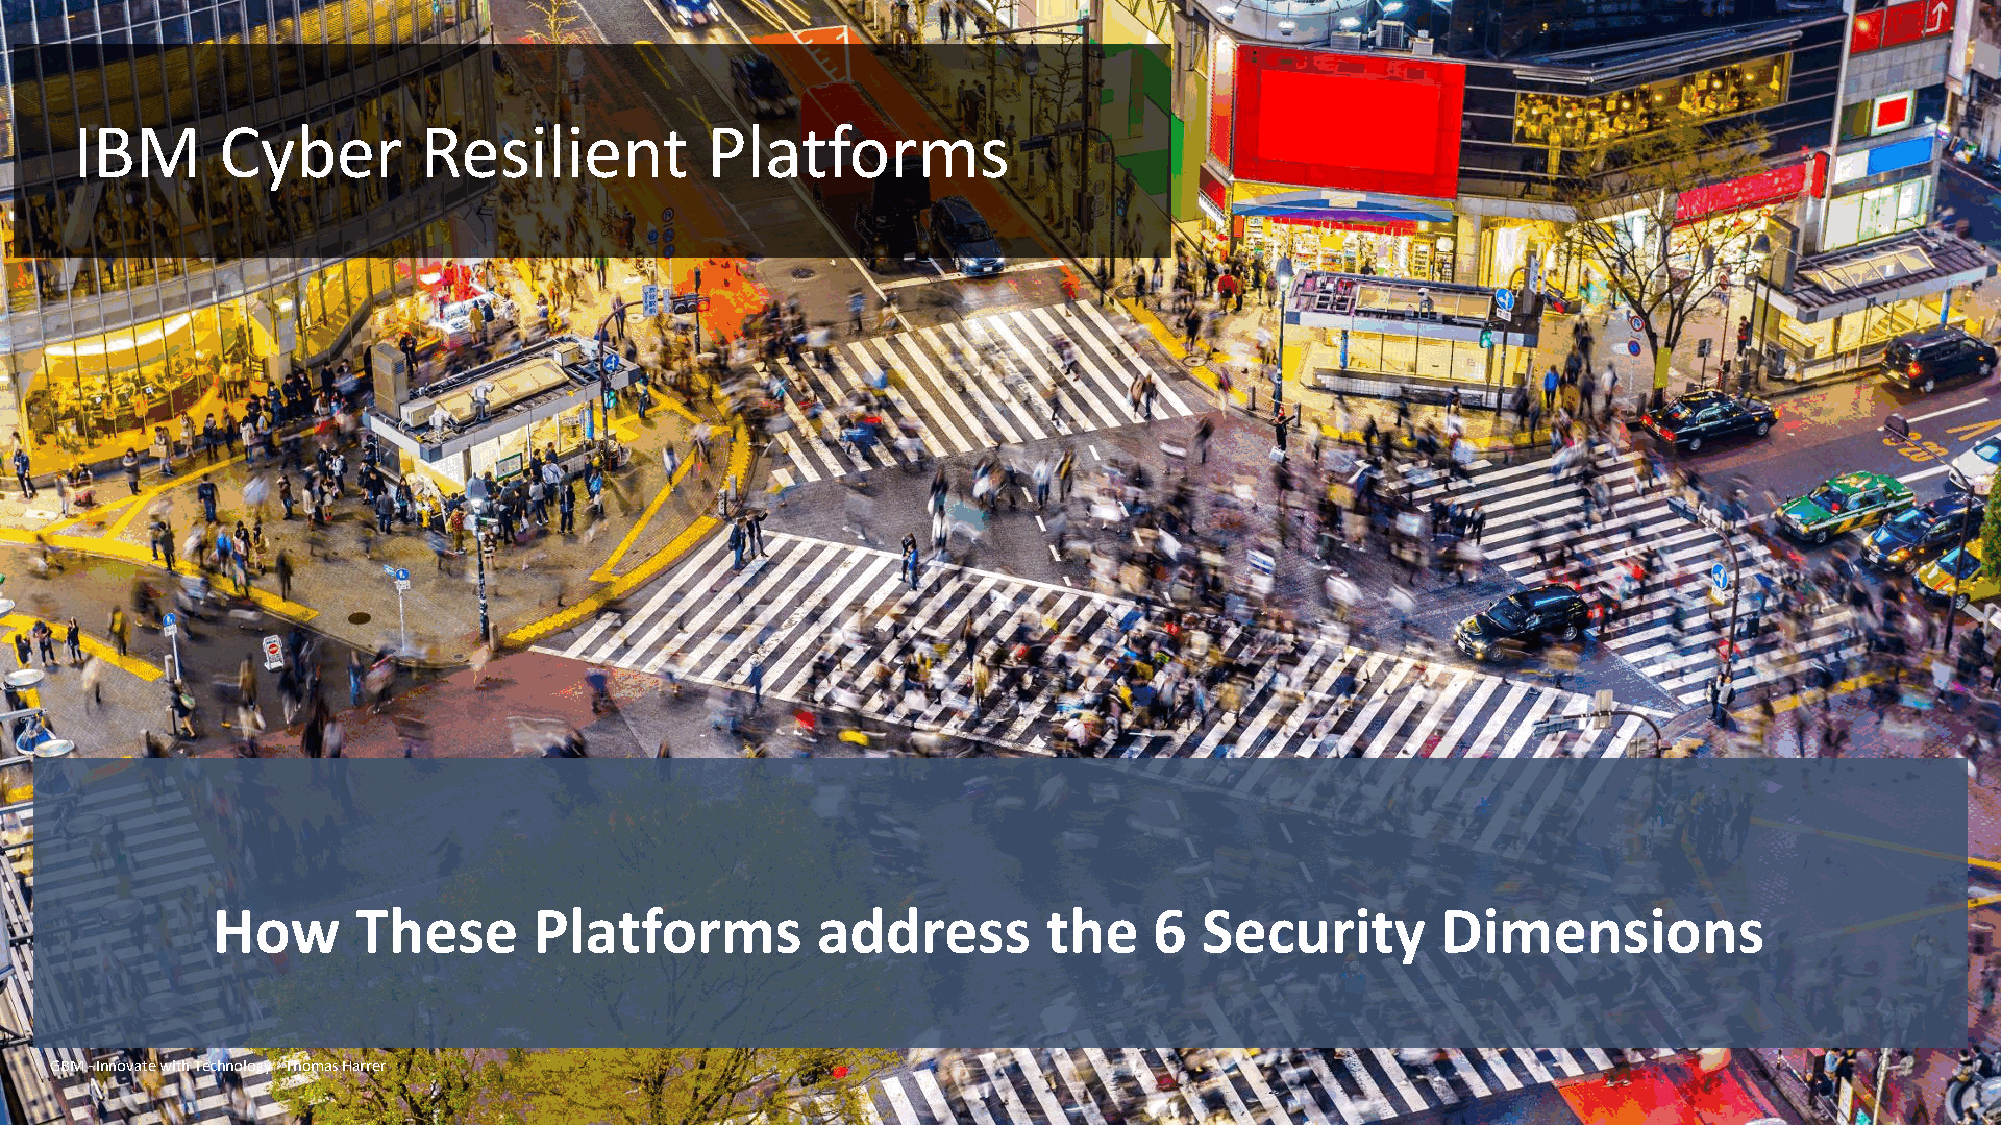
IBM      Cyber         Resilient          Platforms
 How       These      Platforms          address        the    6   Security       Dimensions
 INSPIRING YOUR
 GBM -Innovate with Technology -Thomas Harrer
 FUTURE